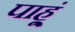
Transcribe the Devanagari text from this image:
पाहू्ं